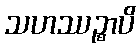
သဟဿဉ္စာပိ